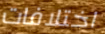
اختلافات